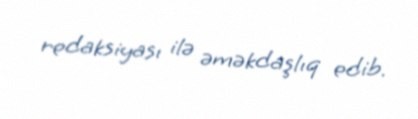
redaksiyası ilə əməkdaşlıq edib.